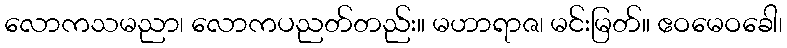
လောကသမညာ၊ လောကပညတ်တည်း။ မဟာရာဇ၊ မင်းမြတ်။ ဧဝမေဝခေါ၊